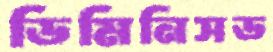
ডিমিনিসড